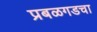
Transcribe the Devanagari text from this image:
प्रबळगडचा